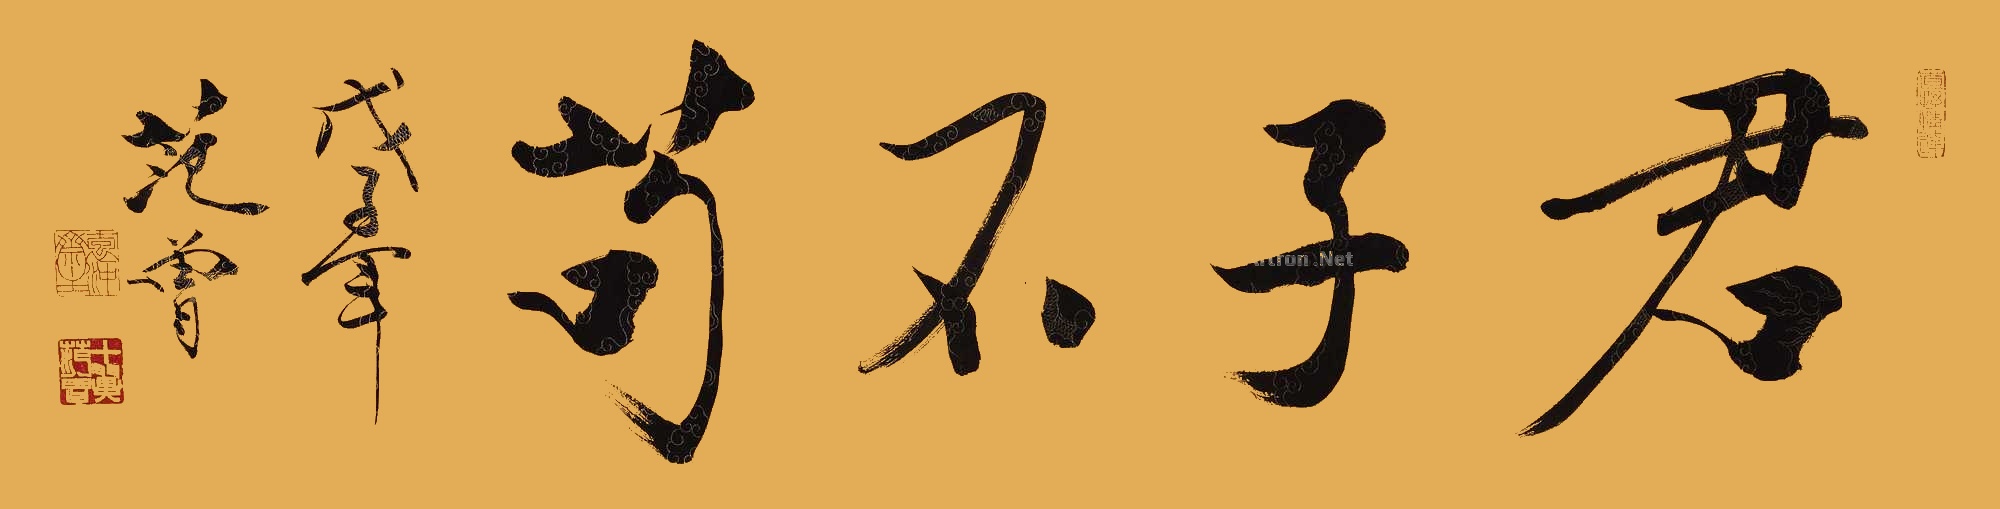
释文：君子不苟。戊子年，范曾。